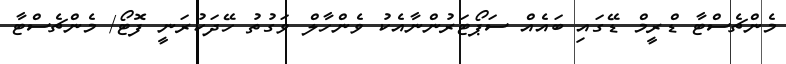
މެންޗެސްޓާ ޑްރީމް ޑޭގައި ބައެއް ސަޕޯޓަރުންނާއެކު ވެންހާލް ވަގުތު ހޭދަކުރަނީ ފޮޓޯ/ މެންޗެސްޓާ